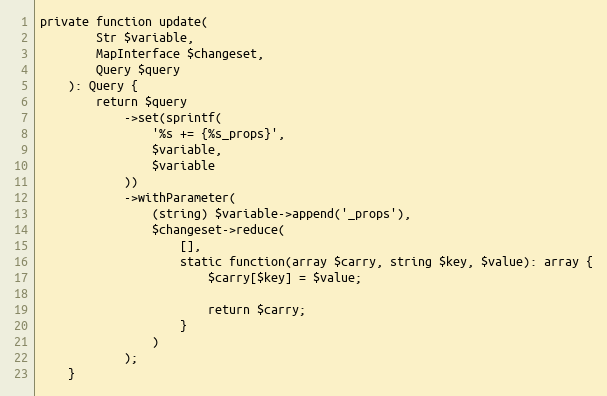
Language: PHP
private function update(
        Str $variable,
        MapInterface $changeset,
        Query $query
    ): Query {
        return $query
            ->set(sprintf(
                '%s += {%s_props}',
                $variable,
                $variable
            ))
            ->withParameter(
                (string) $variable->append('_props'),
                $changeset->reduce(
                    [],
                    static function(array $carry, string $key, $value): array {
                        $carry[$key] = $value;

                        return $carry;
                    }
                )
            );
    }